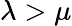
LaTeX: \lambda>\mu